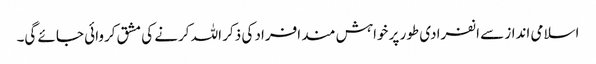
اسلامی انداز سے انفرادی طور پر خواہش مند افراد کی ذکر اللہ کرنے کی مشق کروائی جائے گی۔